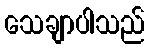
သေချာပါသည်